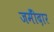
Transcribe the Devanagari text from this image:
जमीँदार